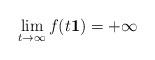
LaTeX: \begin{align*} \lim_{t \rightarrow \infty} f (t {\bf 1}) = + \infty\end{align*}